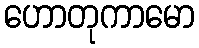
ဟောတုကာမော